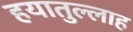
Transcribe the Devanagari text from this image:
हयातुल्लाह